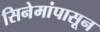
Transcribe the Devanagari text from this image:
सिनेमांपासून